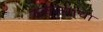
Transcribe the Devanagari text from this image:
क्‍ऌप्त्यांचा